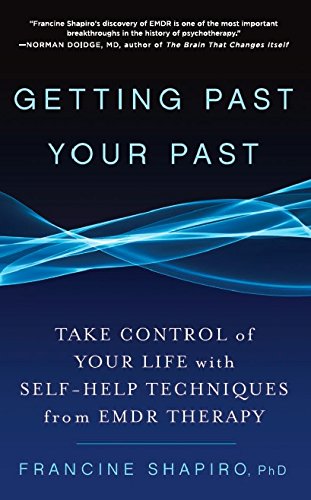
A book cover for Getting Past Your Past: Take Control of Your Life with Self-Help Techniques from EMDR Therapy; Francine Shapiro; Self-Help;